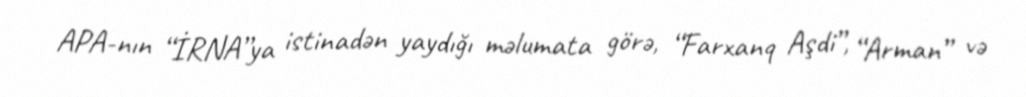
APA-nın “İRNA”ya istinadən yaydığı məlumata görə, “Farxanq Aşdi”, “Arman” və